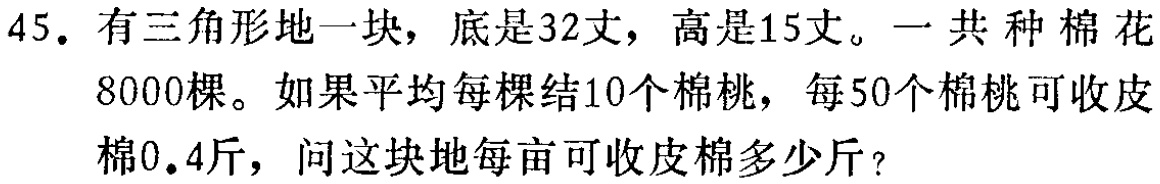
45. 有三角形地一块，底是32丈，高是15丈。一共种棉花8000棵。如果平均每棵结10个棉桃，每50个棉桃可收皮棉0.4斤，问这块地每亩可收皮棉多少斤？